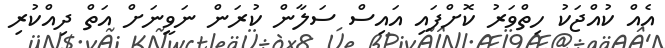
އެއް ކުއްޖަކު ހިތްވަރު ކޮށްފައި އައިސް ސަލާން ކުރަން ނަވީނަށް އަތް ދިއްކުރި